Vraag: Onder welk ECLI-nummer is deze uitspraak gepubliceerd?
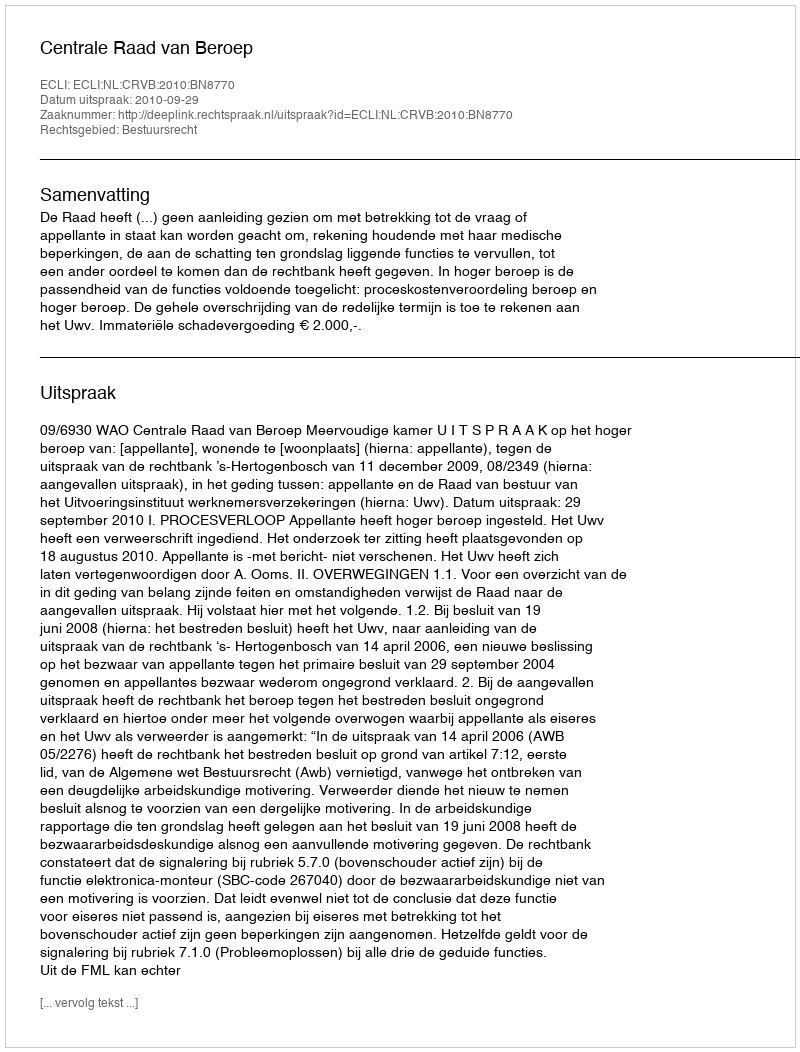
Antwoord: ECLI:NL:CRVB:2010:BN8770